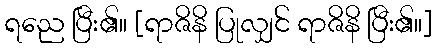
ရညေ ပြီး၏။ [ရာဇိနိ ပြုလျှင် ရာဇိနိ ပြီး၏။]